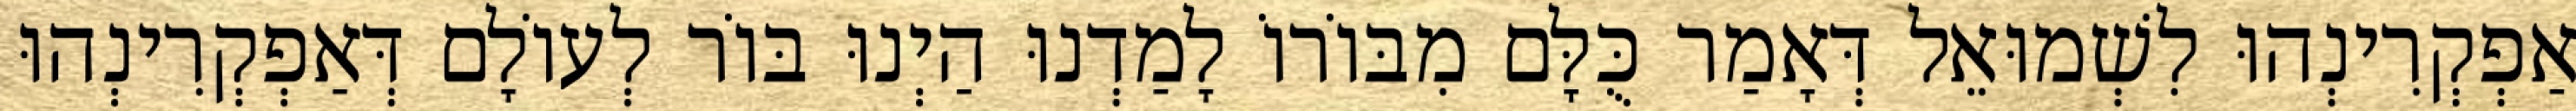
אַפְקְרִינְהוּ לִשְׁמוּאֵל דְּאָמַר כֻּלָּם מִבּוֹרוֹ לָמַדְנוּ הַיְנוּ בּוֹר לְעוֹלָם דְּאַפְקְרִינְהוּ